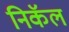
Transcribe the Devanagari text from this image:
निकॅल